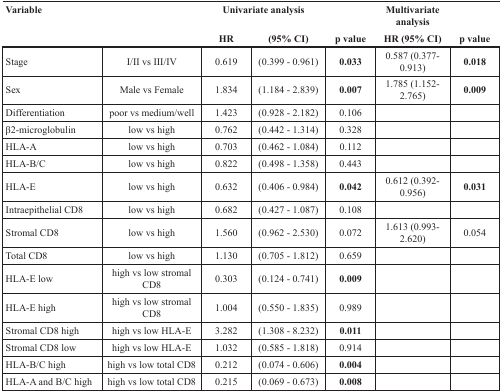
<table><thead><tr><td colspan="2"><b>Variable</b></td><td colspan="2"><b>Univariate analysis</b></td><td colspan="3"><b>Multivariate analysis</b></td></tr><tr><td></td><td></td><td><b>HR</b></td><td><b>(95% CI)</b></td><td><b>p value</b></td><td><b>HR (95% CI)</b></td><td><b>p value</b></td></tr></thead><tbody><tr><td>Stage</td><td>I/II vs III/IV</td><td>0.619</td><td>(0.399 - 0.961)</td><td><b>0.033</b></td><td>0.587 (0.377-0.913)</td><td><b>0.018</b></td></tr><tr><td>Sex</td><td>Male vs Female</td><td>1.834</td><td>(1.184 - 2.839)</td><td><b>0.007</b></td><td>1.785 (1.152-2.765)</td><td><b>0.009</b></td></tr><tr><td>Differentiation</td><td>poor vs medium/well</td><td>1.423</td><td>(0.928 - 2.182)</td><td>0.106</td><td></td><td></td></tr><tr><td>β2-microglobulin</td><td>low vs high</td><td>0.762</td><td>(0.442 - 1.314)</td><td>0.328</td><td></td><td></td></tr><tr><td>HLA-A</td><td>low vs high</td><td>0.703</td><td>(0.462 - 1.084)</td><td>0.112</td><td></td><td></td></tr><tr><td>HLA-B/C</td><td>low vs high</td><td>0.822</td><td>(0.498 - 1.358)</td><td>0.443</td><td></td><td></td></tr><tr><td>HLA-E</td><td>low vs high</td><td>0.632</td><td>(0.406 - 0.984)</td><td><b>0.042</b></td><td>0.612 (0.392-0.956)</td><td><b>0.031</b></td></tr><tr><td>Intraepithelial CD8</td><td>low vs high</td><td>0.682</td><td>(0.427 - 1.087)</td><td>0.108</td><td></td><td></td></tr><tr><td>Stromal CD8</td><td>low vs high</td><td>1.560</td><td>(0.962 - 2.530)</td><td>0.072</td><td>1.613 (0.993-2.620)</td><td>0.054</td></tr><tr><td>Total CD8</td><td>low vs high</td><td>1.130</td><td>(0.705 - 1.812)</td><td>0.659</td><td></td><td></td></tr><tr><td>HLA-E low</td><td>high vs low stromal CD8</td><td>0.303</td><td>(0.124 - 0.741)</td><td><b>0.009</b></td><td></td><td></td></tr><tr><td>HLA-E high</td><td>high vs low stromal CD8</td><td>1.004</td><td>(0.550 - 1.835)</td><td>0.989</td><td></td><td></td></tr><tr><td>Stromal CD8 high</td><td>high vs low HLA-E</td><td>3.282</td><td>(1.308 - 8.232)</td><td><b>0.011</b></td><td></td><td></td></tr><tr><td>Stromal CD8 low</td><td>high vs low HLA-E</td><td>1.032</td><td>(0.585 - 1.818)</td><td>0.914</td><td></td><td></td></tr><tr><td>HLA-B/C high</td><td>high vs low total CD8</td><td>0.212</td><td>(0.074 - 0.606)</td><td><b>0.004</b></td><td></td><td></td></tr><tr><td>HLA-A and B/C high</td><td>high vs low total CD8</td><td>0.215</td><td>(0.069 - 0.673)</td><td><b>0.008</b></td><td></td><td></td></tr></tbody></table>